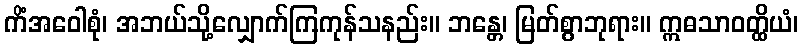
ကိံအဝေါစုံ၊ အဘယ်သို့လျှောက်ကြကုန်သနည်း။ ဘန္တေ၊ မြတ်စွာဘုရား။ ဣဓသာဝတ္ထိယံ၊